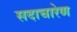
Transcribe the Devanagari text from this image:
सदाचारेण